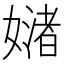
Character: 𪦜